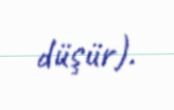
düşür).